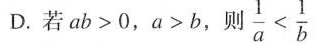
D.若$$a b > 0$$，$$a > b$$，则 $$\frac{1}{a} < \frac{1}{b}$$